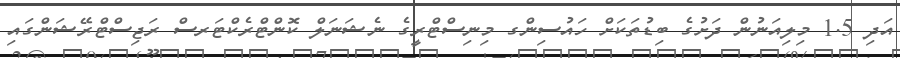
އަދި 1.5 މިލިއަނުން ދަށުގެ ބިޑުތަކަށް ހައުސިންގ މިނިސްޓްރީގެ ނެޝަނަލް ކޮންޓްރެކްޓަރސް ރަޖިސްޓްރޭޝަންގައި